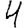
Digit: 4